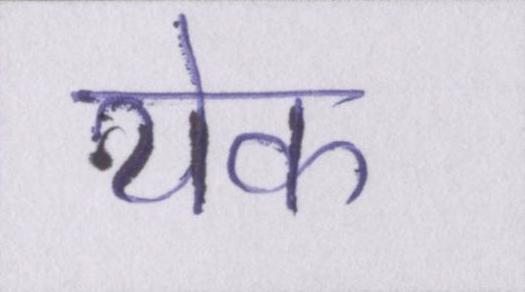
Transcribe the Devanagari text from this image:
येक